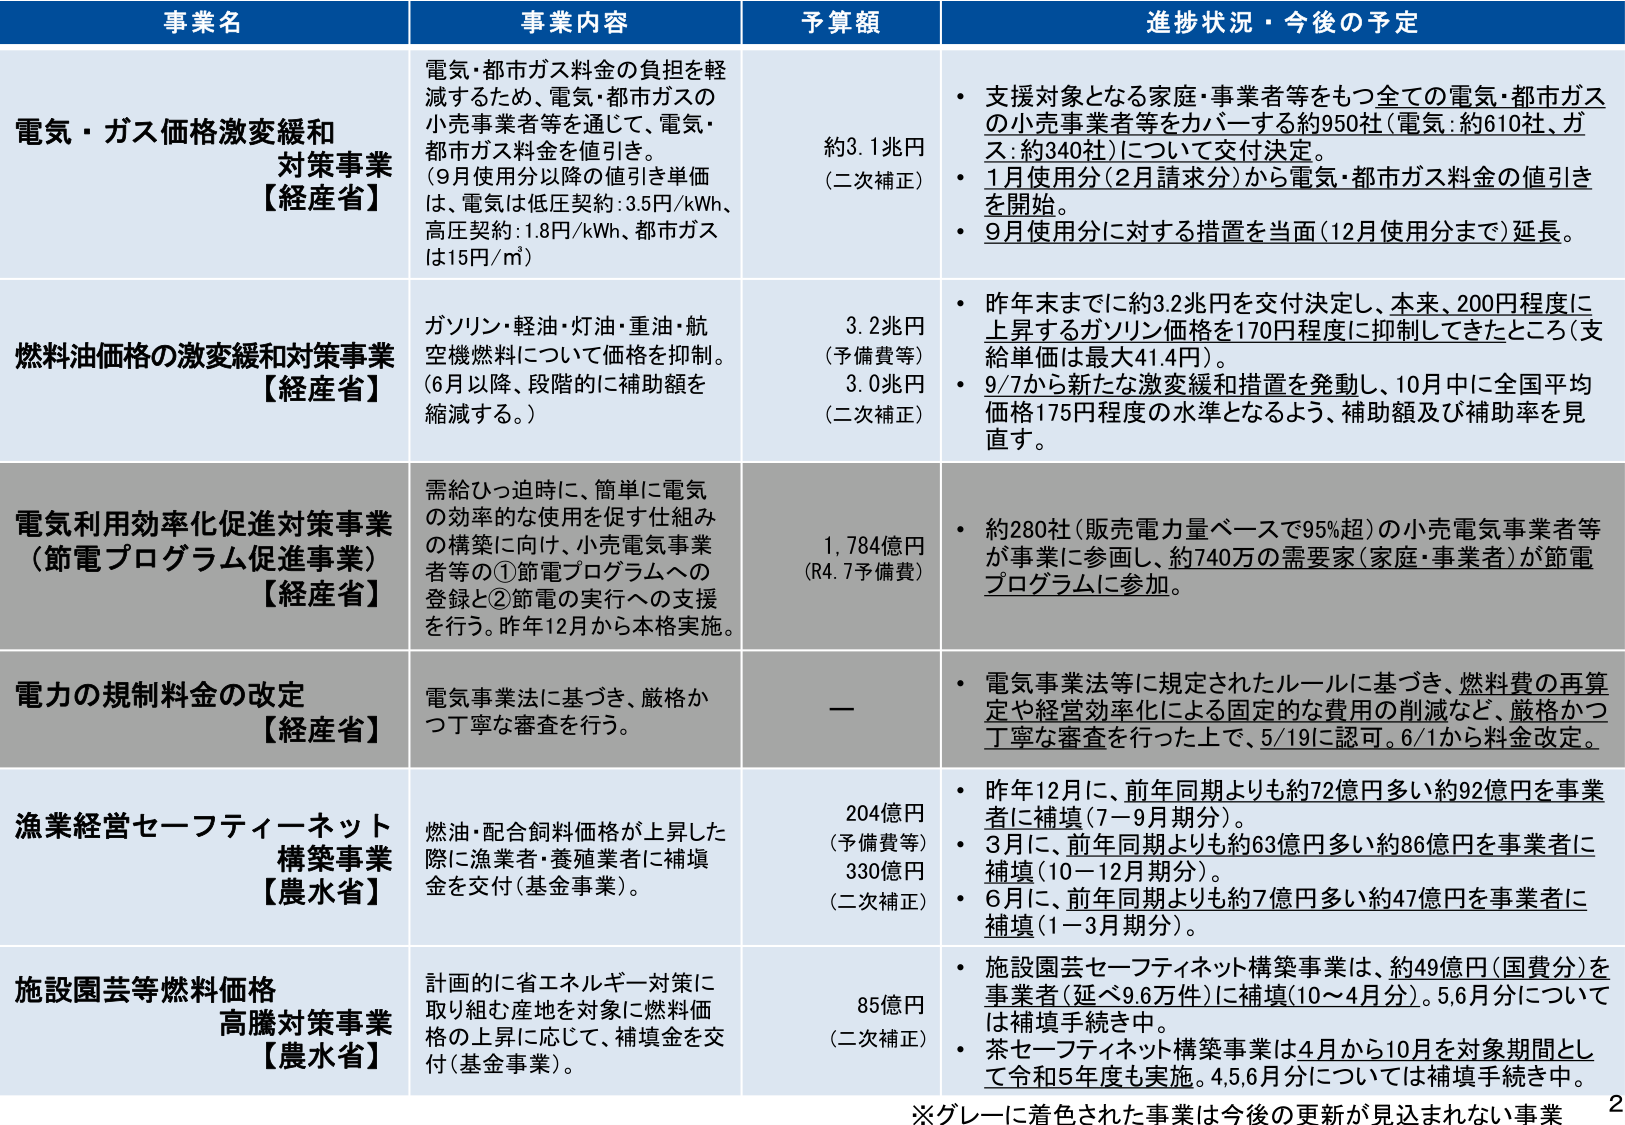
事業名 事業内容 予算額 進捗状況・今後の予定
電気・ガス価格激変緩和対策事業【経産省】 電気・都市ガス料金の負担を軽減するため、電気・都市ガスの小売事業者等を通じて、電気・都市ガス料金を値引き。（9月使用分以降の値引き単価は、電気は低圧契約：3.5円/kWh、高圧契約：1.8円/kWh、都市ガスは15円/m³） 約3.1兆円（二次補正） • 支援対象となる家庭・事業者等をもつ全ての電気・都市ガスの小売事業者等をカバーする約950社（電気：約610社、ガス：約340社）について交付決定。 • 1月使用分（2月請求分）から電気・都市ガス料金の値引きを開始。 • 9月使用分に対する措置を当面（12月使用分まで）延長。
燃料油価格の激変緩和対策事業【経産省】 ガソリン・軽油・灯油・重油・航空機燃料について価格を抑制。（6月以降、段階的に補助額を縮減する。） 3.2兆円（予備費等） 3.0兆円（二次補正） • 昨年末までに約3.2兆円を交付決定し、本来、200円程度に上昇するガソリン価格を170円程度に抑制してきたところ（支給単価は最大41.4円）。 • 9/7から新たな激変緩和措置を発動し、10月中に全国平均価格175円程度の水準となるよう、補助額及び補助率を見直す。
電気利用効率化促進対策事業（節電プログラム促進事業）【経産省】 需給ひっ迫時に、簡単に電気の効率的な使用を促す仕組みの構築に向け、小売電気事業者等の①節電プログラムへの登録と②節電の実行への支援を行う。昨年12月から本格実施。 1,784億円（R4.7予備費） • 約280社（販売電力量ベースで95%超）の小売電気事業者等が事業に参画し、約740万の需要家（家庭・事業者）が節電プログラムに参加。
電力の規制料金の改定【経産省】 電気事業法に基づき、厳格かつ丁寧な審査を行う。 — • 電気事業法等に規定されたルールに基づき、燃料費の再算定や経営効率化による固定な費用の削減など、厳格かつ丁寧な審査を行った上で、5/19に認可。6/1から料金改定。
漁業経営セーフティーネット構築事業【農水省】 燃油・配合飼料価格が上昇した際に漁業者・養殖業者に補填金を交付（基金事業）。 204億円（予備費等） 330億円（二次補正） • 昨年12月に、前年同期よりも約72億円多い約92億円を事業者に補填（7～9月期分）。 • 3月に、前年同期よりも約63億円多い約86億円を事業者に補填（10～12月期分）。 • 6月に、前年同期よりも約7億円多い約47億円を事業者に補填（1～3月期分）。
施設園芸等燃料価格高騰対策事業【農水省】 計画的に省エネルギー対策に取り組む産地を対象に燃料価格の上昇に応じて、補填金を交付（基金事業）。 85億円（二次補正） • 施設園芸セーフティーネット構築事業は、約49億円（国費分）を事業者（延べ9.6万件）に補填（10～4月分）。5,6月分については補填手続き中。 • 茶セーフティーネット構築事業は4月から10月を対象期間として令和5年度も実施。4,5,6月分については補填手続き中。
※グレーに着色された事業は今後の更新が見込まれない事業 2